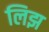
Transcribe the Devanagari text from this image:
लिझ